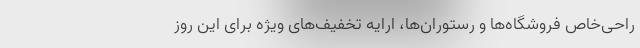
راحی‌خاص فروشگاه‌ها و رستوران‌ها، ارایه تخفیف‌های ویژه برای این روز